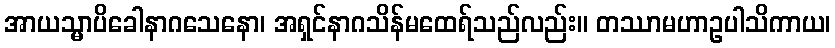
အာယသ္မာပိခေါနာဂသေနော၊ အရှင်နာဂသိန်မထေရ်သည်လည်း။ တဿာမဟာဥပါသိကာယ၊